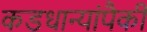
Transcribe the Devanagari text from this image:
कडधान्यांपैकी